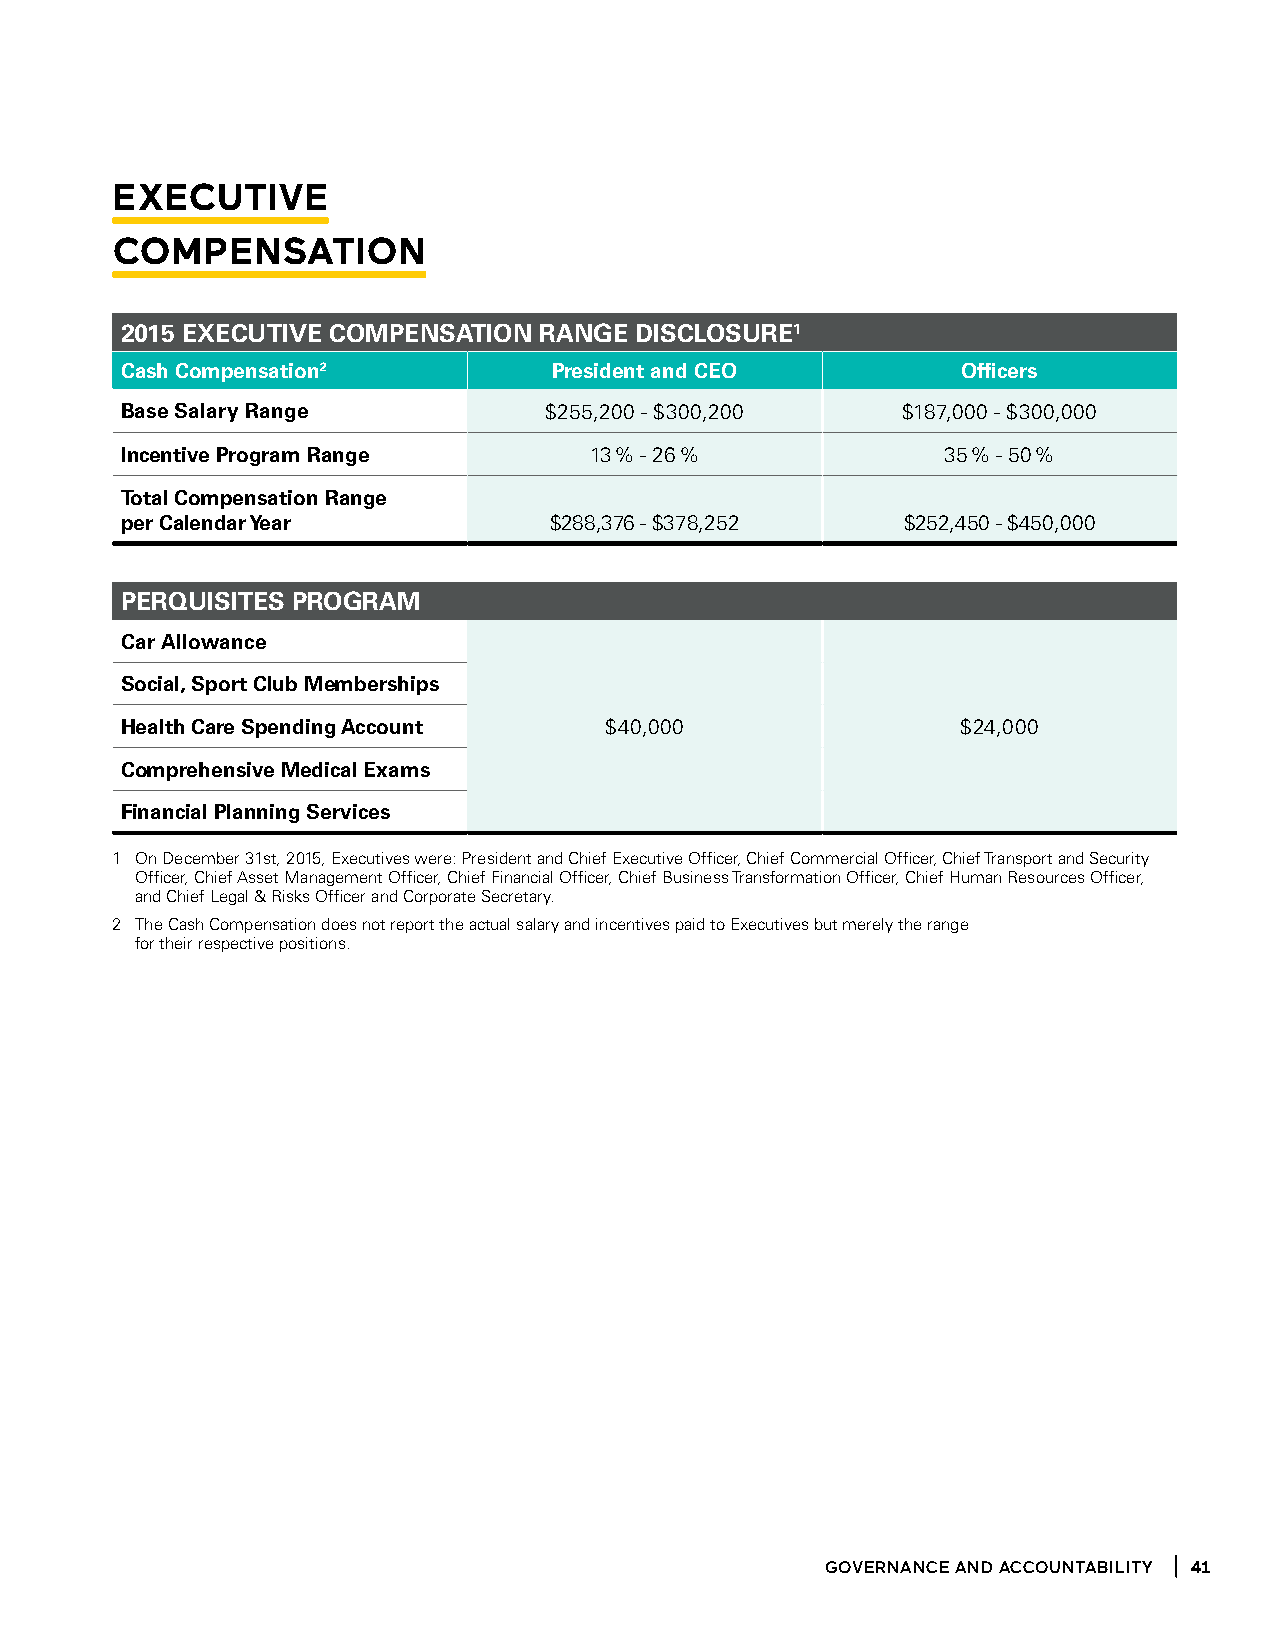
eXeCutive
 Compensation
 2015 ExEcUtivE comPEnSation ranGE DiScloSUrE1
 cash compensation2           President and cEo          officers
 Base Salary range           $255,200 - $300,200     $187,000 - $300,000
 incentive Program range        13 % - 26 %             35 % - 50 %
 total compensation range
 per calendar Year           $288,376 - $378,252     $252,450 - $450,000
 PErqUiSitES ProGram
 car allowance
 Social, Sport club memberships
 Health care Spending account    $40,000                 $24,000
 comprehensive medical Exams
 financial Planning Services
 1 On December 31st, 2015, Executives were: President and Chief Executive Officer, Chief Commercial Officer, Chief Transport and Security
 Officer, Chief Asset Management Officer, Chief Financial Officer, Chief Business Transformation Officer, Chief Human Resources Officer,
 and Chief Legal & Risks Officer and Corporate Secretary.
 2 The Cash Compensation does not report the actual salary and incentives paid to Executives but merely the range
 for their respective positions.
 goVeRnanCe and aCCountabilitY 41